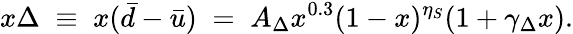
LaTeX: x\Delta\; \equiv\; x(\bar{d}-\bar{u})\; =\; A_{\Delta}x^{0.3}(1-x)^{\eta_{S}}(1+\gamma_{\Delta}x).